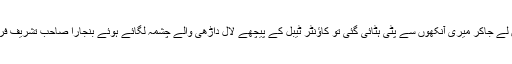
آفس میں لے جاکر میری آنکھوں سے پٹّی ہٹائی گئی تو کاﺅنٹر ٹیبل کے پیچھے لال داڑھی والے چشمہ لگائے ہوئے بنجارا صاحب تشریف فرما تھے۔